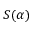
S ( \alpha )